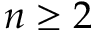
n \geq 2